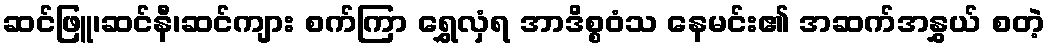
ဆင်ဖြူ၊ဆင်နီ၊ဆင်ကျား စက်ကြာ ရွှေလှံရ အာဒိစ္စဝံသ နေမင်း၏ အဆက်အနွှယ် စတဲ့